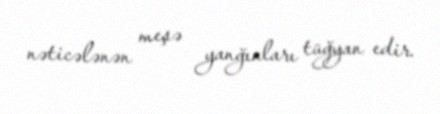
nəticələnən meşə yanğınları tüğyan edir.